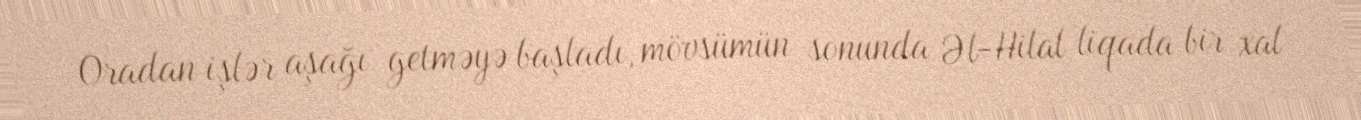
Oradan işlər aşağı getməyə başladı, mövsümün sonunda Əl-Hilal liqada bir xal